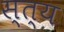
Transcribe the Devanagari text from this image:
स्त्य